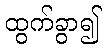
ထွက်ခွာ၍